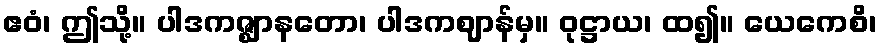
ဧဝံ၊ ဤသို့။ ပါဒကဇ္ဈာနတော၊ ပါဒကဈာန်မှ။ ဝုဋ္ဌာယ၊ ထ၍။ ယေကေစိ၊